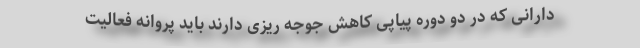
دارانی که در دو‌ دوره پیاپی کاهش جوجه ریزی دارند باید پروانه فعالیت